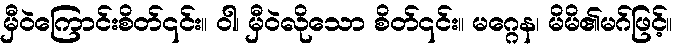
မှီဝဲကြောင်းစိတ်၎င်း။ ဝါ၊ မှီဝဲလိုသော စိတ်၎င်း။ မဂ္ဂေန၊ မိမိ၏မဂ်ဖြင့်။